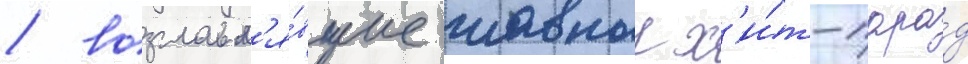
/ возглавл'я́вшие главныи х'и́т-пара́д